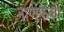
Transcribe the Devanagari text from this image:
नाणेफेकी